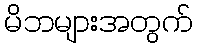
မိဘများအတွက်